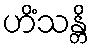
ဟိံသန္တိ